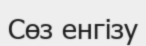
Сөз енгізу